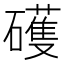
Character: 𥖪